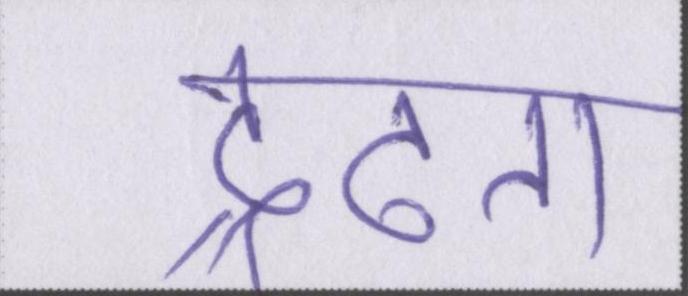
द्रढता